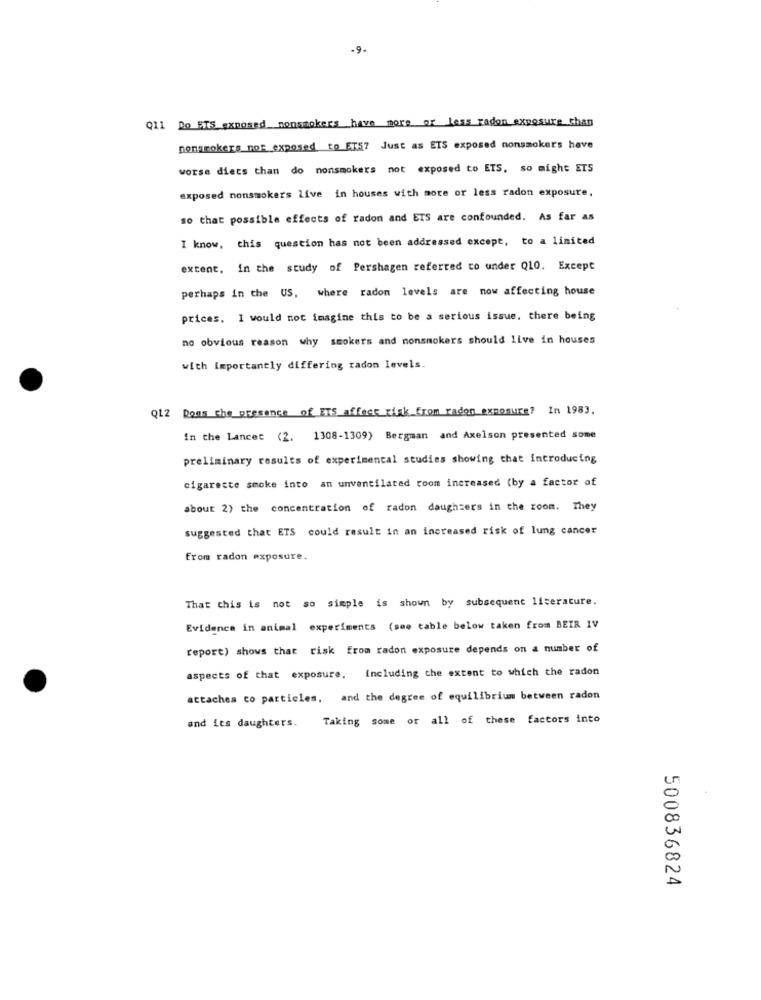
.9.
Q11 Do ETS exposed nonsmokers have more or less radon exposure than
nonsmokers not exposed to ET57 Just as ETS exposed nonsmokers have
worse diets than do nonsmokers not exposed to ETS, so might ETS
exposed nonsmokers Live in houses with more or less radon exposure.
so that possible effects of radon and ETS are confounded. As far as
I know, this question has not been addressed except, to a limited
extent, in the study of Pershagen referred to under Q10. Except
perhaps in the US, where radon levels are now affecting house
prices. I would not imagine this to be a serious issue. there being
no obvious reason why smokers and nonsmokers should live in houses
with importantly differing radon levels.
Q12 Dans the presence of ETS affect ciak from radon exposure? In 1983.
In the Lancet (2, 1308-1309) Bergman and Axelson presented some
preliminary results of experimental studies showing that introducing
cigarette smoke into an unventilated room increased (by a factor of
about 2) the concentration of radon daughters in the room. They
suggested that ETS could result in an increased risk of lung cancer
from radon exposure.
That this is not so simple is shown by subsequent literature.
Evidence in animal experiments (see table below taken from BEIR IV
report) shows that risk from radon exposure depends on a number of
aspects of that exposure, including the extent to which the radon
attaches co particles, and the degree of equilibrium between radon
and its daughters. Taking some or all of these factors into
500836824